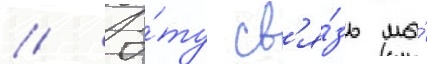
// Э́ту св'я́зь мы́